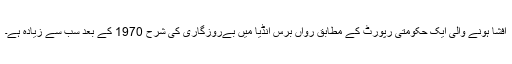
افشا ہونے والی ایک حکومتی رپورٹ کے مطابق رواں برس انڈیا میں بےروزگاری کی شرح 1970 کے بعد سب سے زیادہ ہے۔